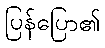
ပြန်ပြော၏